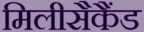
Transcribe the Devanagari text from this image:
मिलीसैकैंड